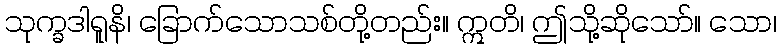
သုက္ခဒါရူနိ၊ ခြောက်သောသစ်တို့တည်း။ ဣတိ၊ ဤသို့ဆိုသော်။ သော၊